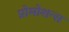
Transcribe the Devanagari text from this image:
प्रोमोशन्स